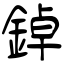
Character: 鋽